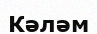
Кәләм